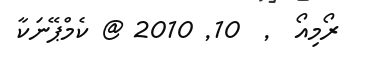
ރޯމިއޯ